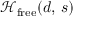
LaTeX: { \mathcal { H } } _ { \mathrm { f r e e } } ( d , \, s )